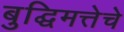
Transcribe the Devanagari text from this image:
बुद्घिमत्तेचे